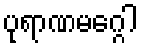
ပုရာဏမဂ္ဂေါ